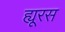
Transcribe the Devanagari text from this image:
ह्यूरस